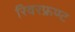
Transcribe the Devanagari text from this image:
रिवरफ्रण्ट